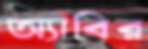
অ্যাবির